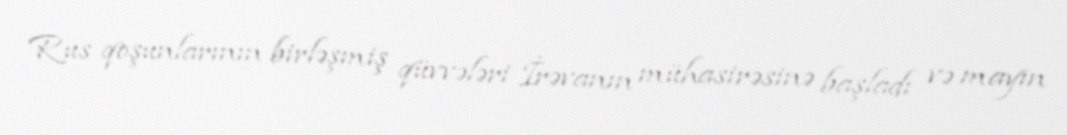
Rus qoşunlarının birləşmiş qüvvələri İrəvanın mühasirəsinə başladı və mayın